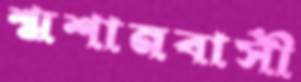
শ্মশানবাসী